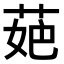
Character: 𦲛